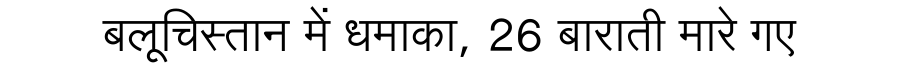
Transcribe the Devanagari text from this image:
बलूचिस्तान में धमाका, 26 बाराती मारे गए